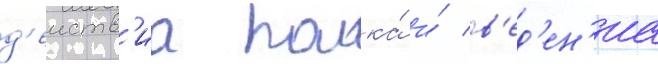
д'еиств'иа полка́ и́ в'ед'ен'иа